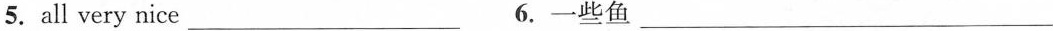
5. all very nice ___ 6. 一些鱼 ___